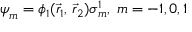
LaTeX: { \boldsymbol { \psi } } _ { m } = \phi _ { 1 } ( { \vec { r } } _ { 1 } , \, { \vec { r } } _ { 2 } ) { \boldsymbol { \sigma } } _ { m } ^ { 1 } , \; m = - 1 , 0 , 1